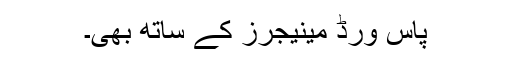
پاس ورڈ مینیجرز کے ساتھ بھی۔